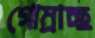
গোম্‌রাচ্ছ